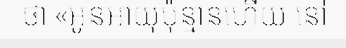
ថា «អូនអាយុប៉ុន្មានហើយ នៅ